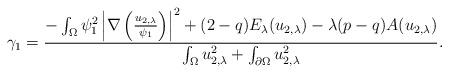
LaTeX: \begin{align*}\gamma_1 = \frac{- \int_\Omega \psi_1^2 \left\vert \nabla \left( \frac{u_{2,\lambda}}{\psi_1} \right)\right\vert^2 + (2-q) E_\lambda (u_{2,\lambda}) - \lambda (p-q) A(u_{2,\lambda})}{\int_\Omega u_{2,\lambda}^2 + \int_{\partial \Omega} u_{2,\lambda}^2}. \end{align*}